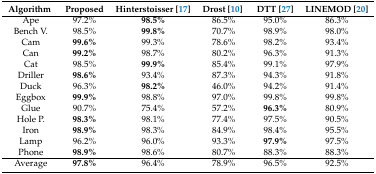
<table><thead><tr><td><b>Algorithm</b></td><td><b>Proposed</b></td><td><b>Hinterstoisser [17]</b></td><td><b>Drost [10]</b></td><td><b>DTT [27]</b></td><td><b>LINEMOD [20]</b></td></tr></thead><tbody><tr><td>Ape</td><td>97.2%</td><td><b>98.5%</b></td><td>86.5%</td><td>95.0%</td><td>86.3%</td></tr><tr><td>Bench V.</td><td>98.5%</td><td><b>99.8%</b></td><td>70.7%</td><td>98.9%</td><td>98.0%</td></tr><tr><td>Cam</td><td><b>99.6%</b></td><td>99.3%</td><td>78.6%</td><td>98.2%</td><td>93.4%</td></tr><tr><td>Can</td><td><b>99.2%</b></td><td>98.7%</td><td>80.2%</td><td>96.3%</td><td>91.3%</td></tr><tr><td>Cat</td><td>98.5%</td><td><b>99.9%</b></td><td>85.4%</td><td>99.1%</td><td>97.9%</td></tr><tr><td>Driller</td><td><b>98.6%</b></td><td>93.4%</td><td>87.3%</td><td>94.3%</td><td>91.8%</td></tr><tr><td>Duck</td><td>96.3%</td><td><b>98.2%</b></td><td>46.0%</td><td>94.2%</td><td>91.4%</td></tr><tr><td>Eggbox</td><td><b>99.9%</b></td><td>98.8%</td><td>97.0%</td><td>99.8%</td><td>99.8%</td></tr><tr><td>Glue</td><td>90.7%</td><td>75.4%</td><td>57.2%</td><td><b>96.3%</b></td><td>80.9%</td></tr><tr><td>Hole P.</td><td><b>98.3%</b></td><td>98.1%</td><td>77.4%</td><td>97.5%</td><td>90.5%</td></tr><tr><td>Iron</td><td><b>98.9%</b></td><td>98.3%</td><td>84.9%</td><td>98.4%</td><td>95.5%</td></tr><tr><td>Lamp</td><td>96.2%</td><td>96.0%</td><td>93.3%</td><td><b>97.9%</b></td><td>97.5%</td></tr><tr><td>Phone</td><td><b>98.9%</b></td><td>98.6%</td><td>80.7%</td><td>88.3%</td><td>88.3%</td></tr><tr><td>Average</td><td><b>97.8%</b></td><td>96.4%</td><td>78.9%</td><td>96.5%</td><td>92.5%</td></tr></tbody></table>